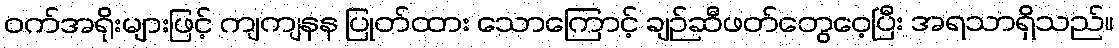
ဝက်အရိုးများဖြင့် ကျကျနန ပြုတ်ထား သောကြောင့် ချဉ်ဆီဖတ်တွေဝေ့ပြီး အရသာရှိသည်။